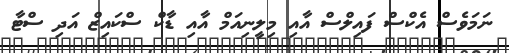
ނަމަވެސް އެކްސް ފައިލްސް އާއި މިލީނިއަމް އާއި ޑާކް ސްކައިޒް އަދި ސްޓާ